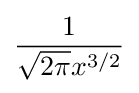
{\frac {1}{{\sqrt {2\pi }}x^{3/2}}}